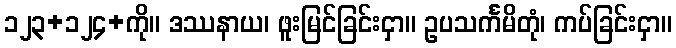
၁၂၃+၁၂၄+ကို။ ဒဿနာယ၊ ဖူးမြင်ခြင်းငှာ။ ဥပသင်္ကမိတုံ၊ ကပ်ခြင်းငှာ။